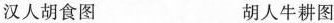
汉人胡食图 胡人牛耕图